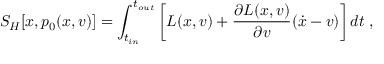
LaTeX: S _ { H } [ x , p _ { 0 } ( x , v ) ] = \int _ { t _ { i n } } ^ { t _ { o u t } } \left[ L ( x , v ) + \frac { \partial L ( x , v ) } { \partial v } ( \dot { x } - v ) \right] d t \; ,